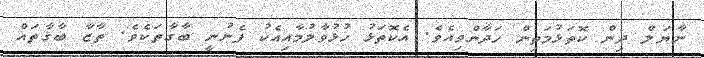
ނާޔަލް ދިން ކޮތަޅުމަތިން ހަދާންވިއެވެ. އެކޮތަޅު ހުޅުވާލުމާއިއެކު ފެނުނީ ބާގާތަކެވެ. ތާޒާ ބާގާތައް